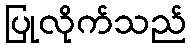
ပြုလိုက်သည်